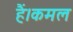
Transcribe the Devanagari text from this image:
हैं।कमल